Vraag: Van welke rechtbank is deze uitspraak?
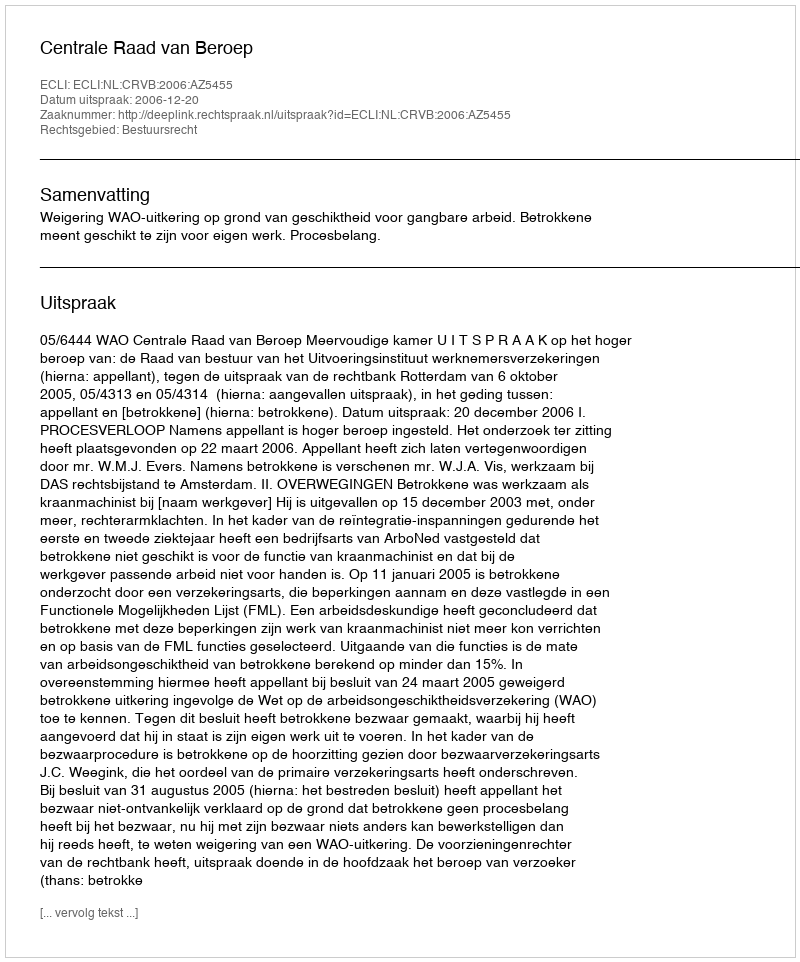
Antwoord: Centrale Raad van Beroep